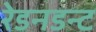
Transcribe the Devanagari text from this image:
रेडनडन्ट